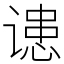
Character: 䜨